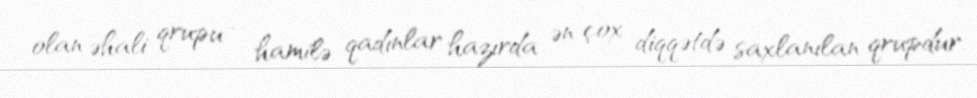
olan əhali qrupu – hamilə qadınlar hazırda ən çox diqqətdə saxlanılan qrupdur.